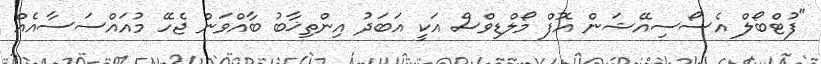
"ފުޓްބޯލް އެސޯސިއޭޝަން އޮފް މޯލްޑިވްސް އަކީ އަބަދު އިންތިޚާބު ބާއްވަން ޖެހޭ މުއައްސަސާއެއް